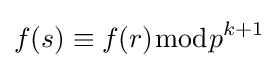
f(s)\equiv f(r){\bmod {p}}^{k+1}